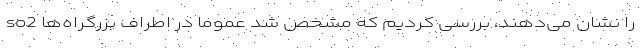
so2 را نشان می‌دهند، بررسی کردیم که مشخص شد عموما در اطراف بزرگراه‌ها